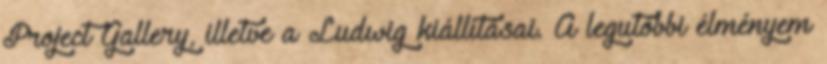
Project Gallery, illetve a Ludwig kiállításai. A legutóbbi élményem